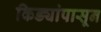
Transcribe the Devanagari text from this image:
किड्यांपासून